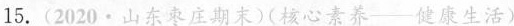
15.(2020·山东枣庄期末)( -健康生活)